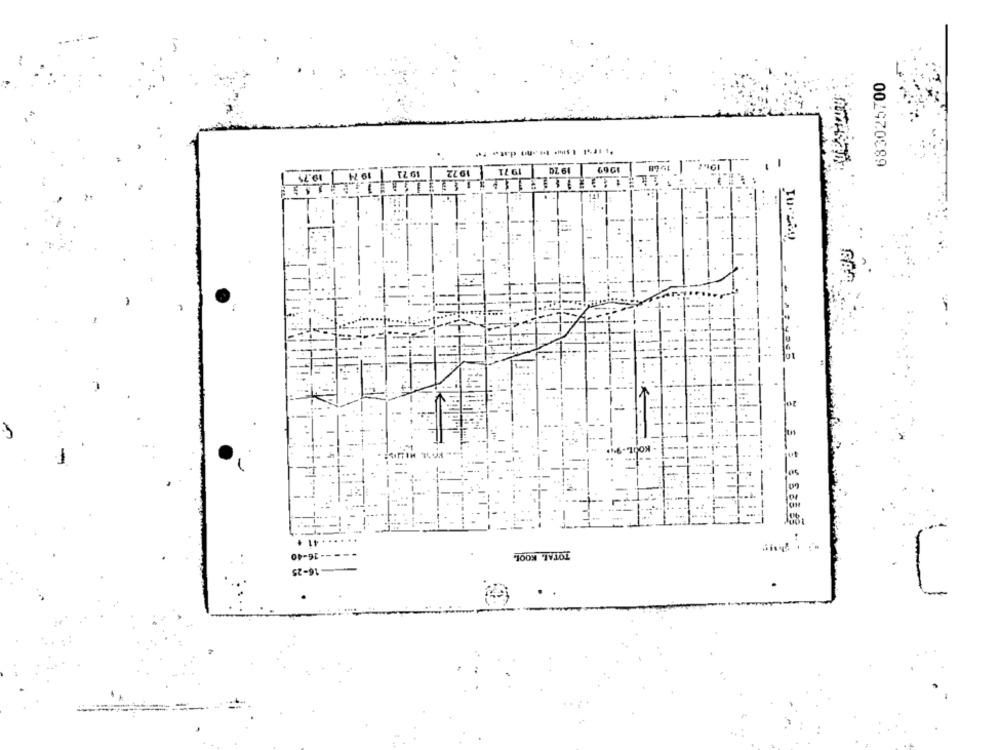
683025700
-
19 21
19 72
19 71
19 20
1969
an
19.75
1
-16-40
TOTAL. KOOL
16-25